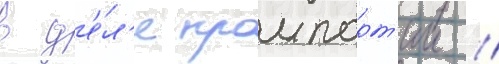
в д'е́л'е промпарт'ии //